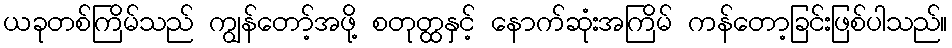
ယခုတစ်ကြိမ်သည် ကျွန်တော့်အဖို့ စတုတ္ထနှင့် နောက်ဆုံးအကြိမ် ကန်တော့ခြင်းဖြစ်ပါသည်။